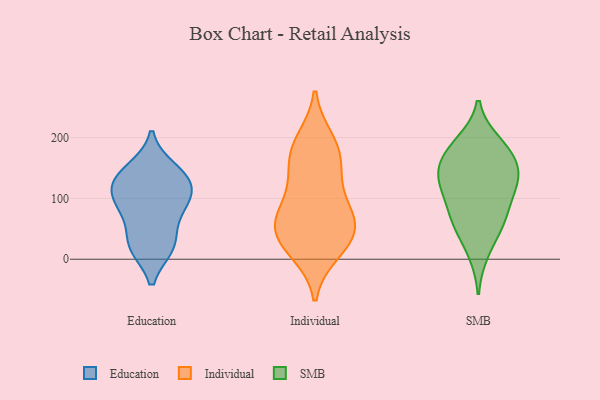
{"axis": {"x": "Budget (USD K)", "y": "Value"}, "legend": ["Education", "Individual", "SMB"], "data": [{"x": "", "y": 140, "type": "Education"}, {"x": "", "y": 126, "type": "Education"}, {"x": "", "y": 81, "type": "Education"}, {"x": "", "y": 108, "type": "Education"}, {"x": "", "y": 23, "type": "Education"}, {"x": "", "y": 99, "type": "Education"}, {"x": "", "y": 77, "type": "Education"}, {"x": "", "y": 23, "type": "Education"}, {"x": "", "y": 126, "type": "Education"}, {"x": "", "y": 21, "type": "Education"}, {"x": "", "y": 148, "type": "Education"}, {"x": "", "y": 143, "type": "Individual"}, {"x": "", "y": 180, "type": "Individual"}, {"x": "", "y": 177, "type": "Individual"}, {"x": "", "y": 21, "type": "Individual"}, {"x": "", "y": 37, "type": "Individual"}, {"x": "", "y": 44, "type": "Individual"}, {"x": "", "y": 13, "type": "Individual"}, {"x": "", "y": 195, "type": "Individual"}, {"x": "", "y": 71, "type": "Individual"}, {"x": "", "y": 69, "type": "Individual"}, {"x": "", "y": 55, "type": "Individual"}, {"x": "", "y": 131, "type": "Individual"}, {"x": "", "y": 85, "type": "Individual"}, {"x": "", "y": 131, "type": "SMB"}, {"x": "", "y": 121, "type": "SMB"}, {"x": "", "y": 11, "type": "SMB"}, {"x": "", "y": 162, "type": "SMB"}, {"x": "", "y": 89, "type": "SMB"}, {"x": "", "y": 60, "type": "SMB"}, {"x": "", "y": 173, "type": "SMB"}, {"x": "", "y": 55, "type": "SMB"}, {"x": "", "y": 187, "type": "SMB"}, {"x": "", "y": 133, "type": "SMB"}, {"x": "", "y": 119, "type": "SMB"}, {"x": "", "y": 150, "type": "SMB"}, {"x": "", "y": 67, "type": "SMB"}, {"x": "", "y": 192, "type": "SMB"}]}